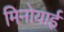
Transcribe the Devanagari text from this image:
मिनोयाई